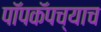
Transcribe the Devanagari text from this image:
पॉपकॅपच्याच